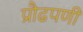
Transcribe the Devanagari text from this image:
प्रौढपणी